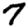
Digit: 7